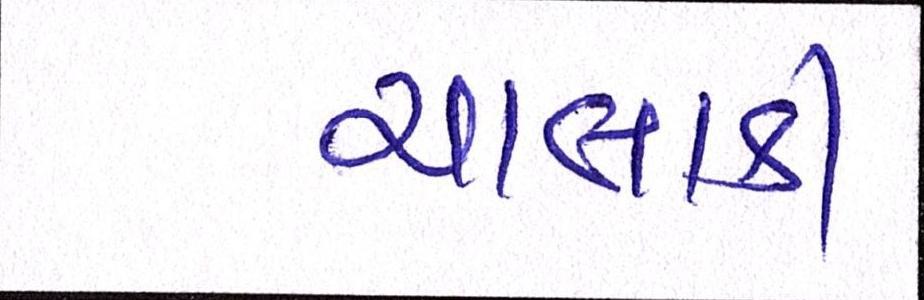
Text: ચાલાકી